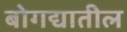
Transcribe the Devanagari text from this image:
बोगद्यातील